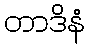
တာဒိနံ